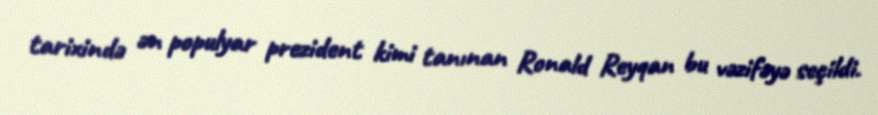
tarixində ən populyar prezident kimi tanınan Ronald Reyqan bu vəzifəyə seçildi.